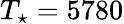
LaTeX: T_{\star}=5780